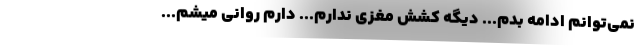
نمی‌توانم ادامه بدم... دیگه کشش‌ مغزی‌ ندارم... دارم روانی‌ میشم...